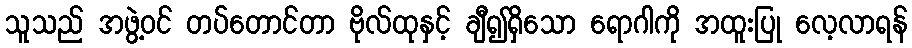
သူသည် အဖွဲ့ဝင် တပ်တောင်တာ ဗိုလ်ထုနှင့် ချီ၍ရှိသော ရောဂါကို အထူးပြု လေ့လာရန်